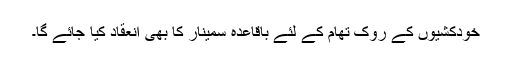
خودکشیوں کے روک تھام کے لئے باقاعدہ سمینار کا بھی انعقاد کیا جائے گا۔